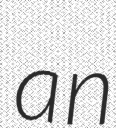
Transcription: an